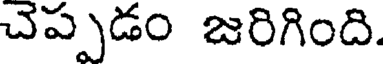
చెప్పడం జరిగింది.